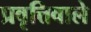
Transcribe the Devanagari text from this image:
प्रवृत्तिवाले